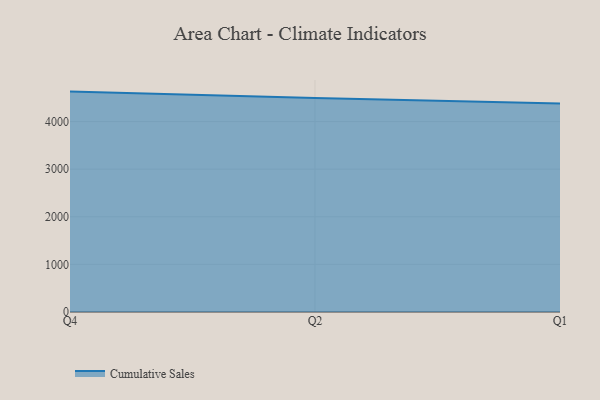
{"axis": {"x": "Quarter", "y": "Production Output"}, "legend": ["Cumulative Sales"], "data": [{"x": "Q4", "y": 4628.5, "type": "Cumulative Sales"}, {"x": "Q2", "y": 4494.6, "type": "Cumulative Sales"}, {"x": "Q1", "y": 4376.5, "type": "Cumulative Sales"}]}